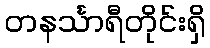
တနင်္သာရီတိုင်းရှိ